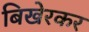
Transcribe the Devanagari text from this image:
बिखेरकर